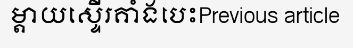
ម្តាយស្ទើរគាំងបេះPrevious article